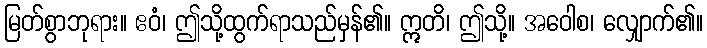
မြတ်စွာဘုရား။ ဧဝံ၊ ဤသို့ထွက်ရာသည်မှန်၏။ ဣတိ၊ ဤသို့။ အဝေါစ၊ လျှောက်၏။